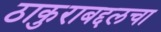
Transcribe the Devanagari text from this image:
ठाकुराबद्दलचा